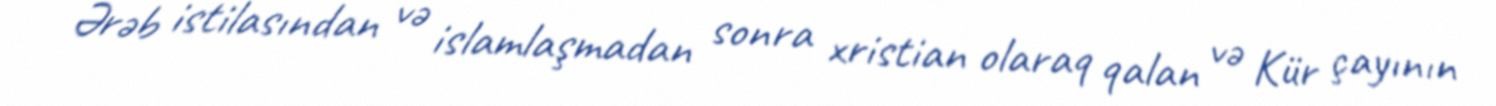
Ərəb istilasından və islamlaşmadan sonra xristian olaraq qalan və Kür çayının